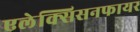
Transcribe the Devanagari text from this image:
एलेक्सिसनफायर